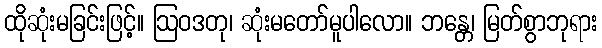
ထိုဆုံးမခြင်းဖြင့်။ ဩဝဒတု၊ ဆုံးမတော်မူပါလော။ ဘန္တေ၊ မြတ်စွာဘုရား